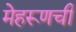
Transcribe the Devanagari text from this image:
मेहरूणची